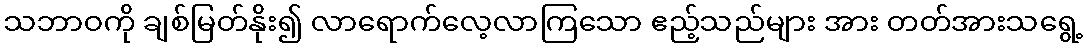
သဘာဝကို ချစ်မြတ်နိုး၍ လာရောက်လေ့လာကြသော ဧည့်သည်များ အား တတ်အားသရွေ့